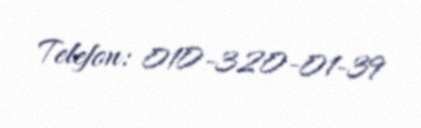
Telefon: 010-320-01-39